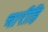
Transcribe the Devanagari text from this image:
चारीहि